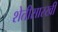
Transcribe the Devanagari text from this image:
शेतीसारखी